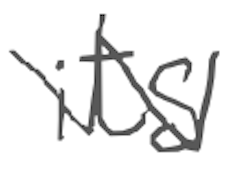
Text: its
Cross-out: zig-zag
Writing tool: digital_gray